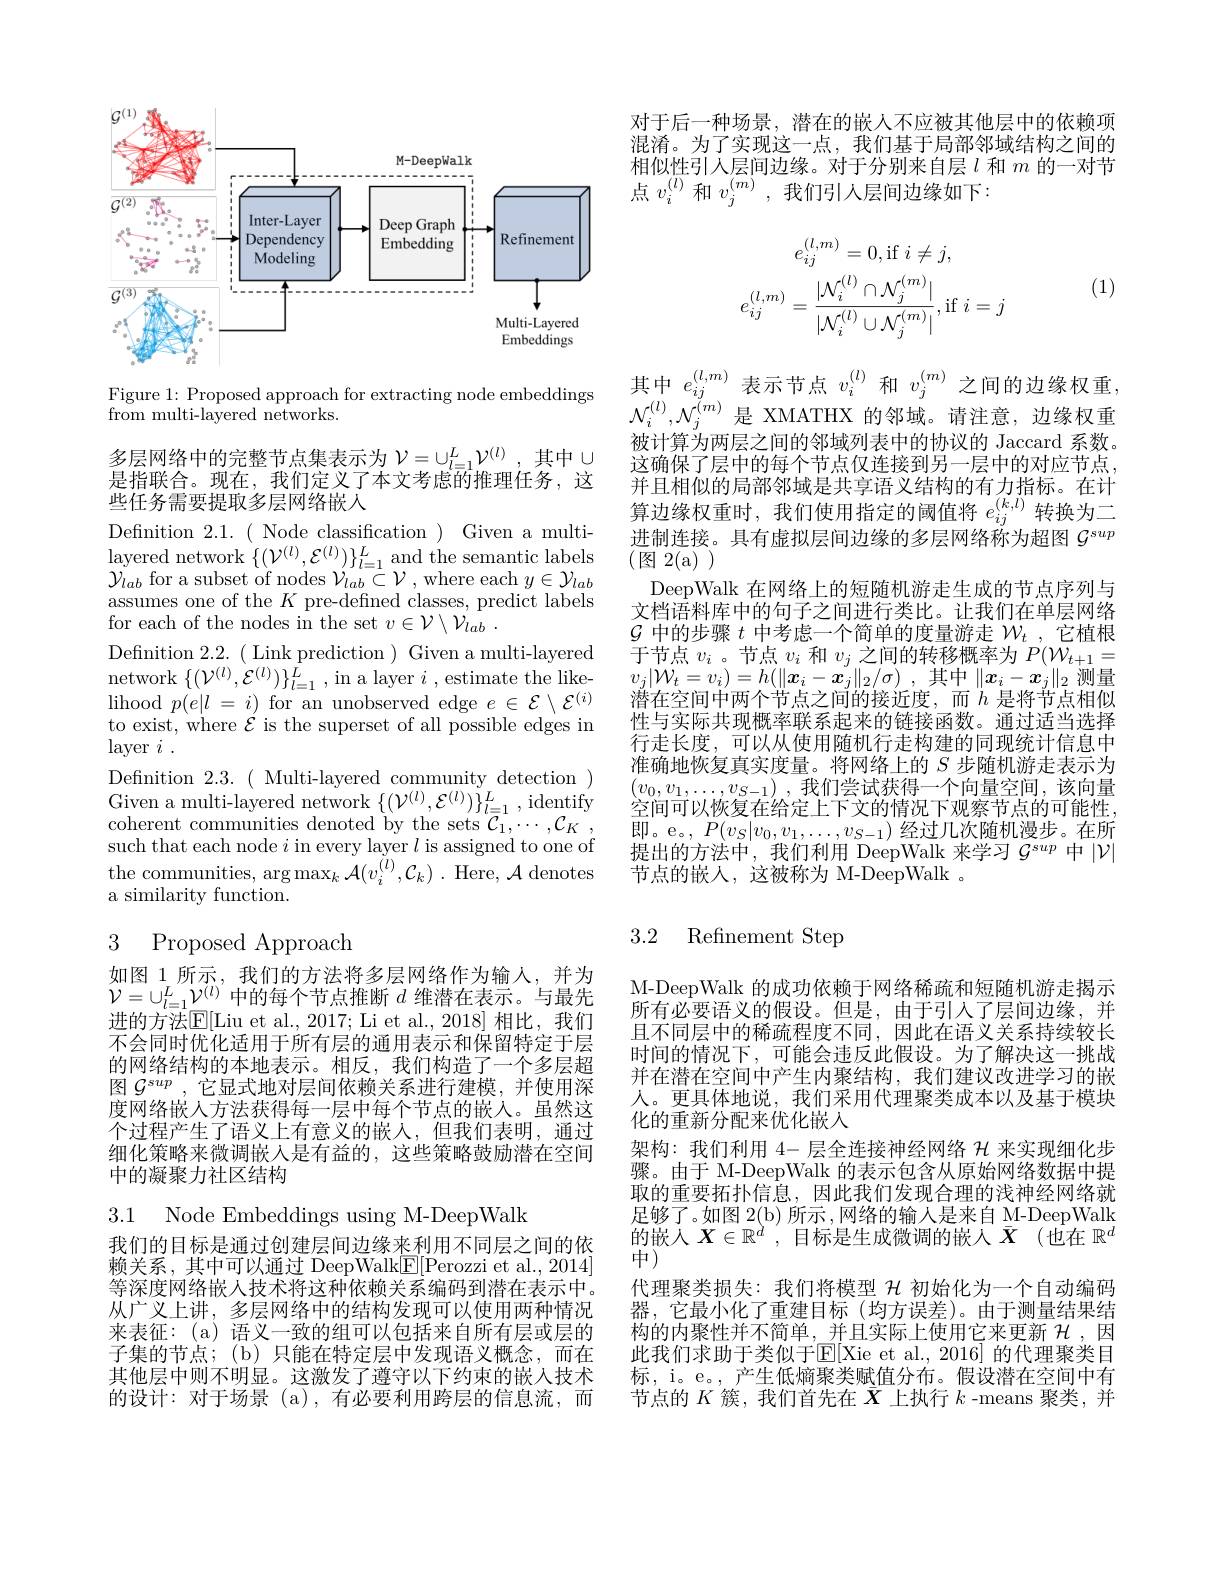
$\mathcal{G}^{(1)}$
<FigureHere>
Figure 1: Proposed approach for extracting node embeddings 其中$e_ij^{(l,m)}$表示节点$v_i^{(l)}$和$v_j^{(m)}$之间的边缘权重，

$\bar{\mathrm{from~multi-layered~networks.}}$

多层网络中的完整节点集表示为 $\mathcal{V}=\cup_l=1^L\mathcal{V}^{(l)}$,其中$\cup$ 是指联合。现在，我们定义了本文考虑的推理任务，这些任务需要提取多层网络嵌人
Definition 2.1.( Node classification ) Given a multi- $\operatorname*{layered}$ network$\{(\mathcal{V}^{(l)},\mathcal{E}^{(l)})\}_l=1^L$and the semantic labels $\mathcal{Y}_{lab}$ for a subset of nodes $\mathcal{V}_lab\subset\mathcal{V}$,where each $y\in\mathcal{Y}_lab$ assumes one of the $K$ pre-defined classes, predict labels for each of the nodes in the set $v\in \mathcal{V} \setminus \mathcal{V} _{lab}^{\prime }$ .
Definition 2.2.( Link prediction ) Given a multi-layered $\operatorname{network}\left\{(\mathcal{V}^{(l)},\mathcal{E}^{(l)})\right\}_{l=1}^{L},\operatorname{in~a~layer~}i,\operatorname{estimate~the~like-}$ lihood $p( e| l$ = $i)$ for an unobserved edge $e\in\mathcal{E}\setminus\mathcal{E}^{(i)}$ to exist, where $\mathcal{E}$ is the superset of all possible edges in layeri .
Defnition 2.3.( Multi-layered community detection ) Given a multi-layered network $\{(\mathcal{V}^{(l)},\mathcal{E}^{(l)})\}_{l=1}^{L}$, identify coherent communities denoted by the sets $\mathcal{C}_1,\cdots,\mathcal{C}_K$ such that each node $i$ in every layer $l$ is assigned to one of the communities, arg$\max_k\mathcal{A}(v_i^{(l)},\mathcal{C}_k).$ Here, $\mathcal{A}$ denotes a similarity function.

# 3 Proposed Approach

如图 1 所示，我们的方法将多层网络作为输人，并为$\mathcal{V}=\cup_{l=1}^{L}\mathcal{V}^{(l)}$中的每个节点推断$d$维潜在表示。与最先进的方法$\mathbb{E}[$Liu et al., 2017; Li et al., 2018]相比，我们不会同时优化适用于所有层的通用表示和保留特定于层的网络结构的本地表示。相反，我们构造了一个多层超图$\mathcal{G}^{sup}$ ,它显式地对层间依赖关系进行建模，并使用深度网络嵌人方法获得每一层中每个节点的嵌入。虽然这个过程产生了语义上有意义的嵌人，但我们表明，通过细化策略来微调嵌人是有益的，这些策略鼓励潜在空间中的凝聚力社区结构

3.1 Node Embeddings using M-DeepWalk

我们的目标是通过创建层间边缘来利用不同层之间的依赖关系，其中可以通过 DeepWalk$\underline{\mathrm{F}}[$Perozzi et al., 2014] 等深度网络嵌人技术将这种依赖关系编码到潜在表示中。从广义上讲，多层网络中的结构发现可以使用两种情况来表征：(a)语义一致的组可以包括来自所有层或层的子集的节点；(b)只能在特定层中发现语义概念，而在其他层中则不明显。这激发了遵守以下约束的嵌人技术的设计：对于场景 (a),有必要利用跨层的信息流，而

对于后一种场景，潜在的嵌人不应被其他层中的依赖项混淆。为了实现这一点，我们基于局部邻域结构之间的相似性引人层间边缘。对于分别来自层$l$和$m$的一对节点$v_i^{(l)}$和$v_j^{(m)}$,我们引人层间边缘如下：
$$e_{ij}^{(l,m)}=0,\mathrm{if}\:i\neq j,\\e_{ij}^{(l,m)}=\frac{|\mathcal{N}_{i}^{(l)}\cap\mathcal{N}_{j}^{(m)}|}{|\mathcal{N}_{i}^{(l)}\cup\mathcal{N}_{j}^{(m)}|},\mathrm{if}\:i=j$$
(1)

$\mathcal{N}_i^{(l)},\mathcal{N}_j^{(m)}$是 XMATHX 的邻域。请注意，边缘权重被计算为两层之间的邻域列表中的协议的 Jaccard 系数。这确保了层中的每个节点仅连接到另一层中的对应节点， 并且相似的局部邻域是共享语义结构的有力指标。在计算边缘权重时，我们使用指定的阈值将$e_{ij}^{(k,l)}$转换为二进制连接。具有虚拟层间边缘的多层网络称为超图$\mathcal{G}^{sup}$ (图2(a))
DeepWalk 在网络上的短随机游走生成的节点序列与文档语料库中的句子之间进行类比。让我们在单层网络$\mathcal{G}$中的步骤$t$中考虑一个简单的度量游走$\mathcal{W}_t$ ,它植根于节点$v_i$ 。节点$v_i$和$v_j$之间的转移概率为$P(W_t+1=$ $v_j| \mathcal{W} _t= v_i) = h( \| \boldsymbol{x}_i- \boldsymbol{x}_j\| _2/ \sigma )$ ,其中$\|x_i-\boldsymbol{x}_j\|_2$ 测量潜在空间中两个节点之间的接近度，而$h$是将节点相似性与实际共现概率联系起来的链接函数。通过适当选择行走长度，可以从使用随机行走构建的同现统计信息中准确地恢复真实度量。将网络上的$S$步随机游走表示为$\left(v_0,v_1,\ldots,v_{S-1}\right)$,我们尝试获得一个向量空间，该向量空间可以恢复在给定上下文的情况下观察节点的可能性， 即。e。, $P(v_{S}|v_{0},v_{1},\ldots,v_{S-1})$经过几次随机漫步。在所提出的方法中，我们利用 DeepWalk 来学习$\mathcal{G}^sup$中$|\mathcal{V}|$ 节点的嵌人，这被称为 M-DeepWalk 。

### 3.2 Refinement Step

M-DeepWalk 的成功依赖于网络稀疏和短随机游走揭示所有必要语义的假设。但是，由于引人了层间边缘，并且不同层中的稀疏程度不同，因此在语义关系持续较长时间的情况下，可能会违反此假设。为了解决这一挑战并在潜在空间中产生内聚结构，我们建议改进学习的嵌人。更具体地说，我们采用代理聚类成本以及基于模块化的重新分配来优化嵌入
架构：我们利用 4- 层全连接神经网络$\mathcal{H}$来实现细化步骤。由于 M-DeepWalk 的表示包含从原始网络数据中提取的重要拓扑信息，因此我们发现合理的浅神经网络就足够了。如图 2(b) 所示，网络的输入是来自 M-DeepWalk 的嵌人$X\in\mathbb{R}^d$,目标是生成微调的嵌人$\bar{\boldsymbol{X}}(\dot\text{也在 }\mathbb{R}^d$ 中(
代理聚类损失：我们将模型$\mathcal{H}$初始化为一个自动编码器，它最小化了重建目标(均方误差)。由于测量结果结构的内聚性并不简单，并且实际上使用它来更新$\mathcal{H}$ ,因此我们求助于类似于E[ Xie et al. , 2016] 的代理聚类目标，i。e。, 产生低熵聚类赋值分布。假设潜在空间中有节点的$K$簇，我们首先在$\bar{X}$上执行$k$ -means 聚类，并